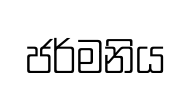
ජර්මනිය